DOW-UAP-D33, Mission Report, Greece, October 2023
Agency: Department of War
Incident date: 10/27/23
Incident location: Aegean Sea
Page 4
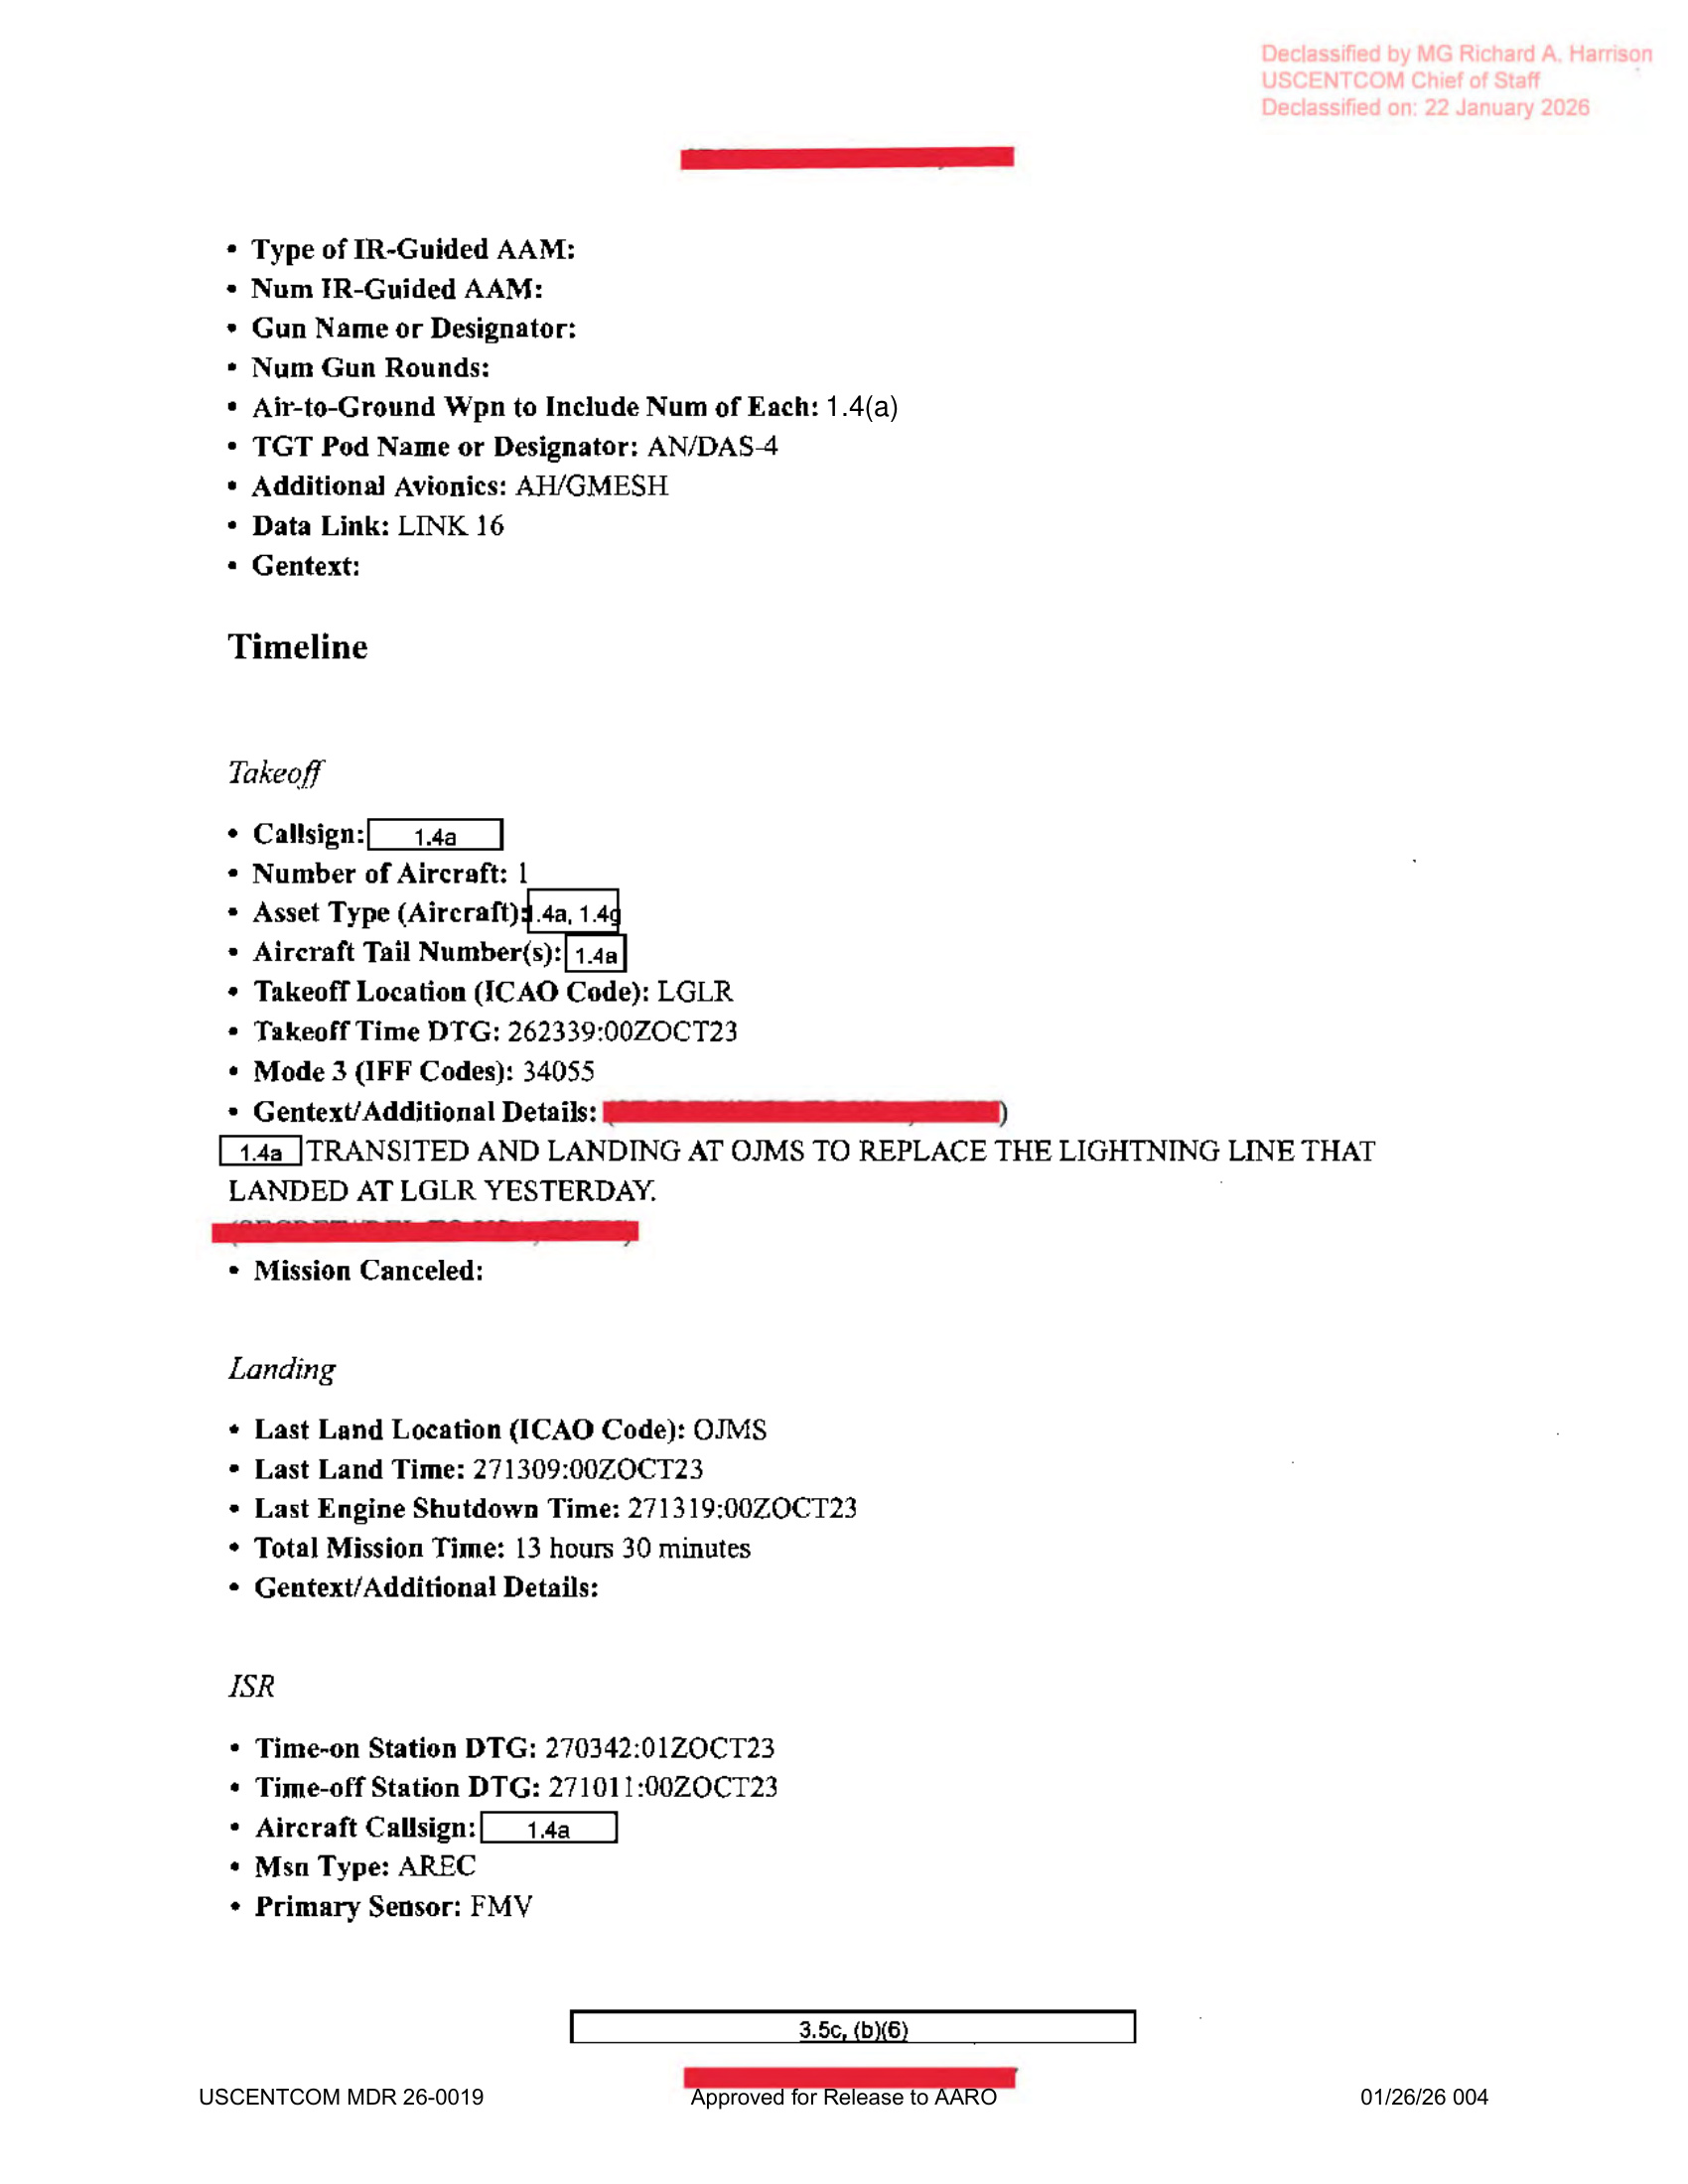